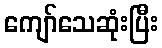
ကျော်သေဆုံးပြီး